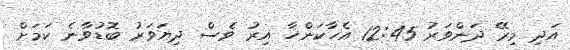
އަދި މިރޭ ދަންވަރު 12:45 އެހާކަންހާ އިރު ވެސް ދިޔަވަރު ބޮޑުވާނެ ކަމަށް